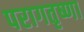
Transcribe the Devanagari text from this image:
परागतृष्णा